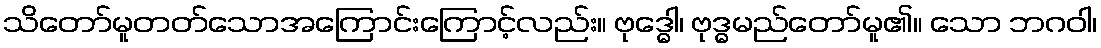
သိတော်မူတတ်သောအကြောင်းကြောင့်လည်း။ ဗုဒ္ဓေါ၊ ဗုဒ္ဓမည်တော်မူ၏။ သော ဘဂဝါ၊